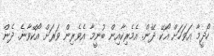
ހޯދީމާ އަވަހަށް އޯކޭ ދޭން. އެމެރިކާއިން ބުނީމާ އެވެރިން ވަރަށް އޯކޭވާނެ. ދެން